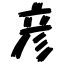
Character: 彦